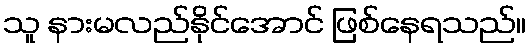
သူ နားမလည်နိုင်အောင် ဖြစ်နေရသည်။